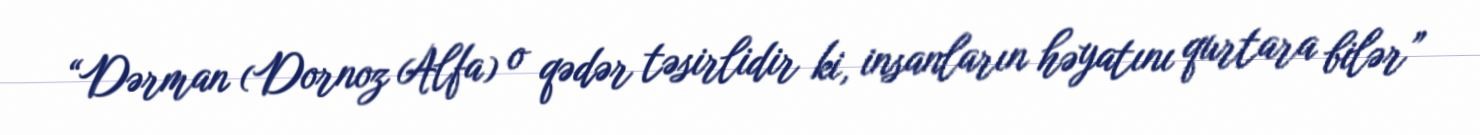
“Dərman (Dornoz Alfa) o qədər təsirlidir ki, insanların həyatını qurtara bilər”